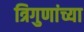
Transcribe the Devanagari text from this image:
त्रिगुणांच्या